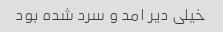
خیلی دیر امد و سرد شده بود